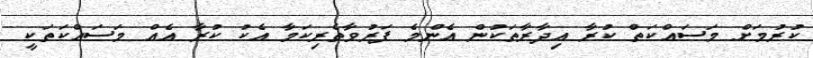
ކުރުމަށް މަސައްކަތް ކުރާ އިދާރާތަކުން އެންމެ ފަރުވާތެރިކަމާ އެކު ކުރާ އެއް މަސައްކަތަކީ